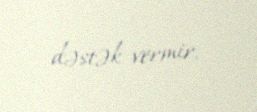
dəstək vermir.